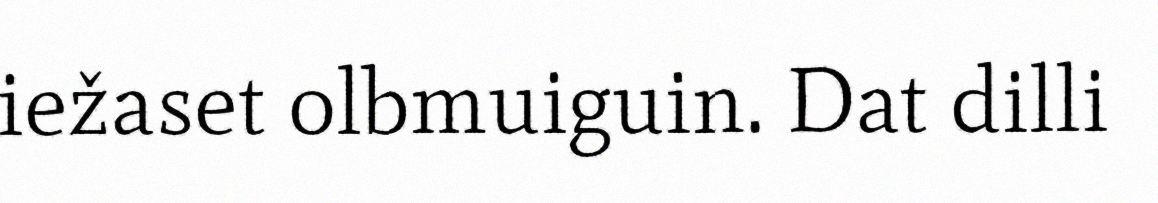
iežaset olbmuiguin. Dat dilli